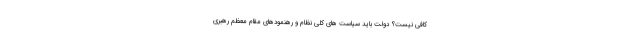
کافی نیست؟ دولت باید سیاست های کلی نظام و رهنمودهای مقام معظم رهبری